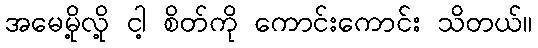
အမေမို့လို့ ငါ့ စိတ်ကို ကောင်းကောင်း သိတယ်။